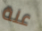
عنة